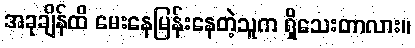
အခုချိန်ထိ မေးနေမြန်းနေတဲ့သူက ရှိသေးတာလား။